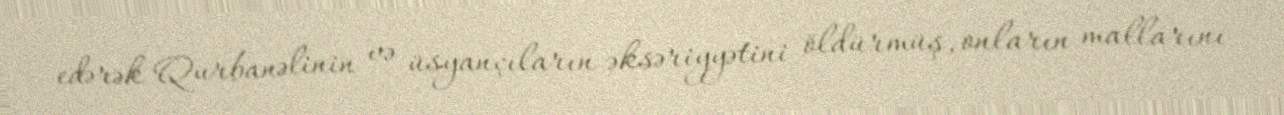
edərək Qurbanəlinin və üsyançıların əksəriyyətini öldürmüş, onların mallarını